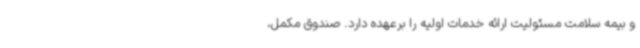
و بیمه سلامت مسئولیت ارائه خدمات اولیه را برعهده دارد. صندوق مکمل،